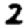
Digit: 2